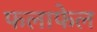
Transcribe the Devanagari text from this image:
फलाफेल